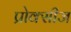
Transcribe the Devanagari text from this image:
प्रोक्सीज